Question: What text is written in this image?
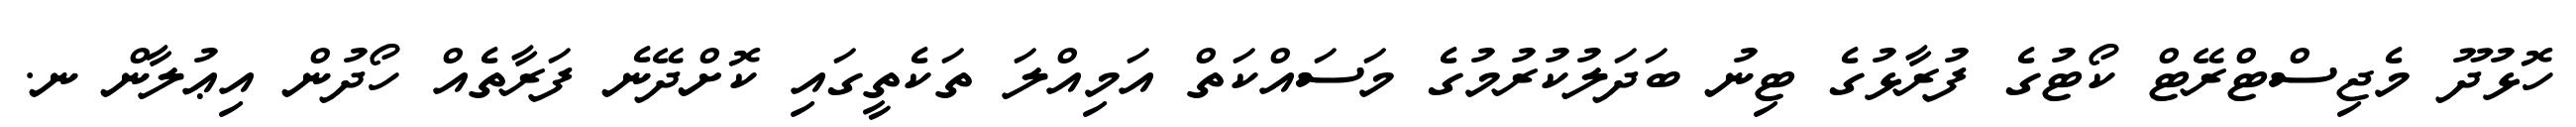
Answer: ހޮޅުދޫ މެޖިސްޓްރޭޓް ކޯޓުގެ ފުރާޅުގެ ޓިނު ބަދަލުކުރުމުގެ މަސައްކަތް އަމިއްލަ ތަކެތީގައި ކޮށްދޭނެ ފަރާތެއް ހޯދުން އިޢުލާން ނ.